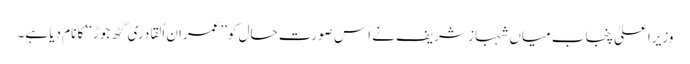
وزیرِاعلیٰ پنجاب میاں شہباز شریف نے اِس صورتِ حال کو’’عمران اُلقادری گٹھ جوڑ‘‘ کا نام دِیا ہے۔